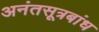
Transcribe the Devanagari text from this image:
अनंतसूत्रबांध